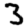
Digit: 3